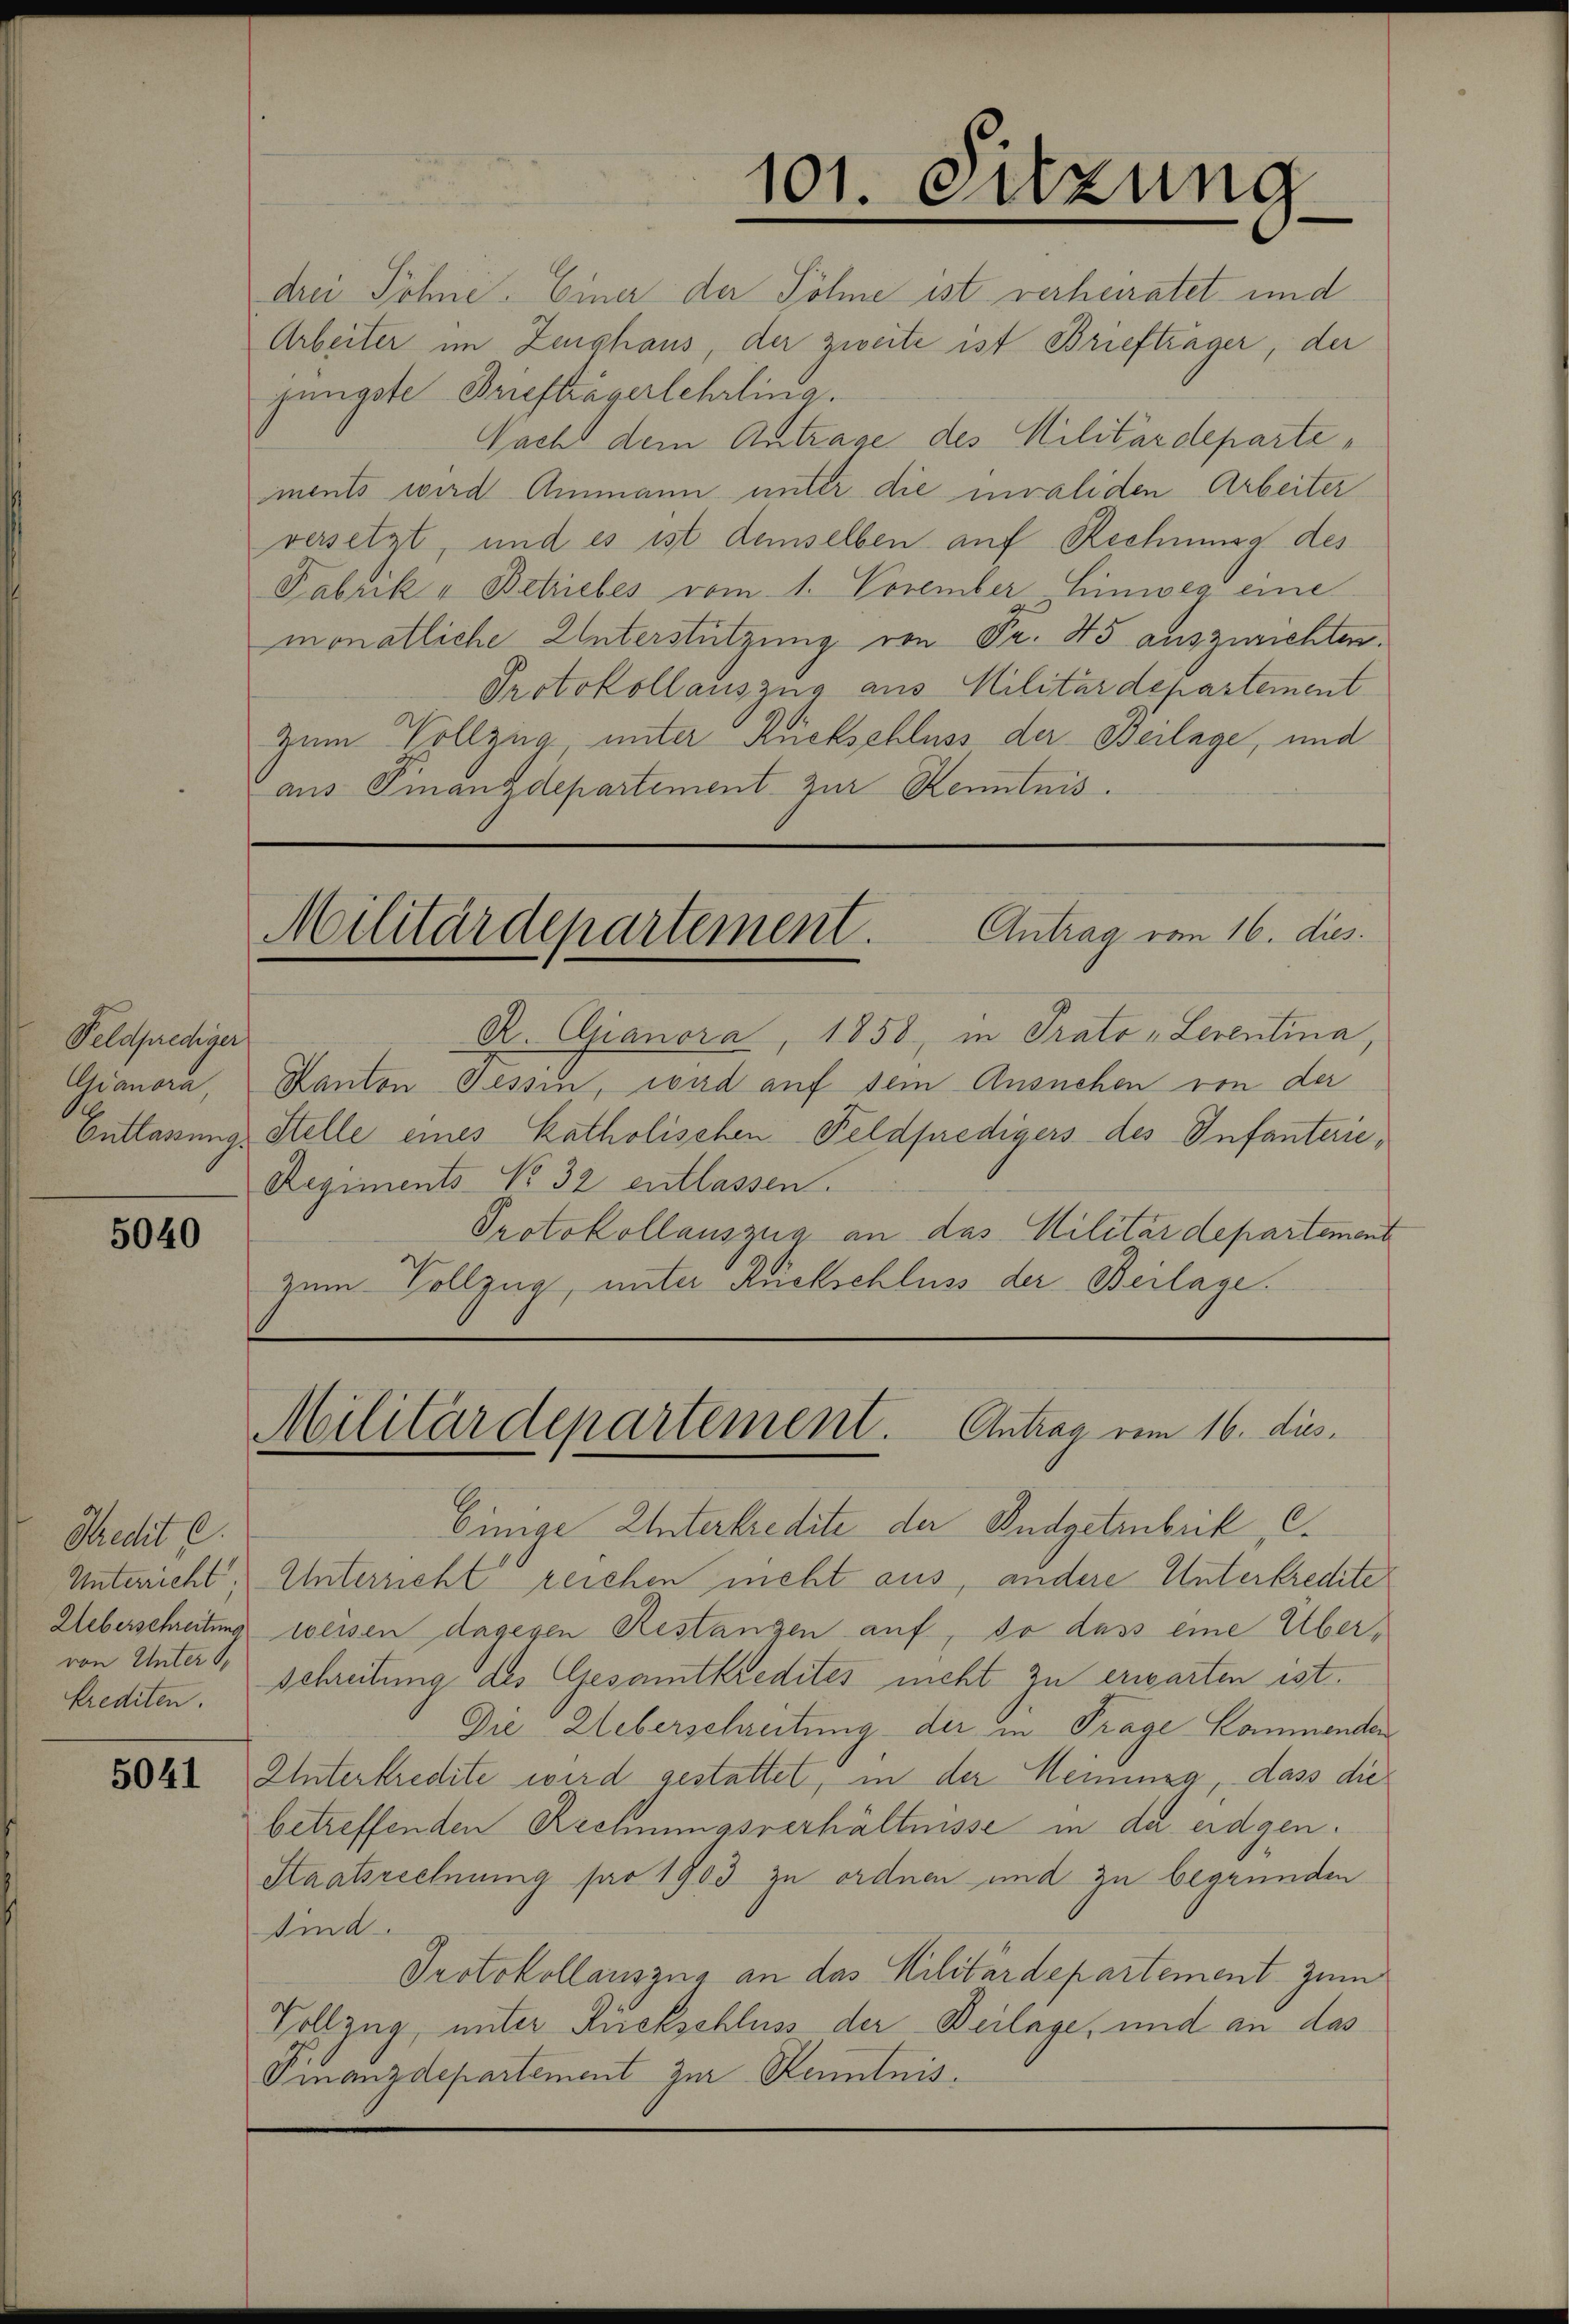
Feldprediger
Gianora,

5040

Predit C.
krediten.

5041

R. Gianora, 1858, in Prato Leventina,
Kanton Tessin, wird auf dein Ausnehen von der
Entlassung Stelle eines katholischen Feldpredigers des Infanterie¬
Regiments No 32 entlassen.
Protokollauszug an das Militärdepartement
zum Vollzug, unter Rückschluss der Beilage.

drei Söhne. Einer der Söhne ist verheiratet und
Arbeiter im Zeughaus, der zweite ist Briefträger, der
jüngste Briefträgerlehrling.
Nacht dem Antrage des Militärdepartements wird Ammann unter die invaliden Arbeiter
versetzt, und es ist demselben auf Rechnung des
Fabrik u Betriebes vom 1. November Hinweg eine
monatliche Unterstützung von Fr. 45 auszurichten.
Protokollauszug aus Militärdepartement
Zum Vollzug unter Rückschluss der Beilage, und
aus Finanzdepartement zur Kenntnis.

101. Sitzung

Militärdepartement. Antrag von 16. dies

Militärdepartement. Antrag vom 16. dies

Einige Unterkredite der Budgetenbrik S.
Unterricht. Unterricht reichen nicht aus, andere Unterkredite
Ueberschreitung weisen dagegen Restangen auf, so dass eine Übervon Unter Schreitung des Gesamtkredites nicht zu erwarten ist.
Die Ueberschreitung der in Trage Kommenden
Unterkredite wird gestattet, in der Hennung, dass die
betreffenden Rechnungsverhältnisse in da eidgen.
Staatsrechnung par 1903 zu ordnen und zu begründen
sind.
Protokollauszug an das Militardepartement zum
Vollzug, unter Rückschluss der Beilage, und an das
Finanzdepartement zur Kenntnis.